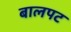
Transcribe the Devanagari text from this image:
बालपट